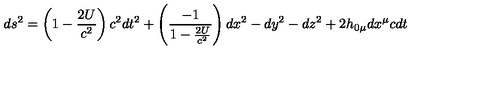
d s ^ { 2 } = \left( 1 - \frac { 2 U } { c ^ { 2 } } \right) c ^ { 2 } d t ^ { 2 } + \left( \frac { - 1 } { 1 - \frac { 2 U } { c ^ { 2 } } } \right) d x ^ { 2 } - d y ^ { 2 } - d z ^ { 2 } + 2 h _ { 0 \mu } d x ^ { \mu } c d t